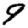
Digit: 9